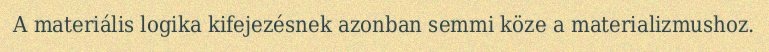
A materiális logika kifejezésnek azonban semmi köze a materializmushoz.